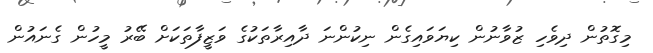
މިގޮތުން ދިވެހި ޒުވާނުން ކިޔަވައިގެން ނިކުންނަ ދާއިރާތަކުގެ ވަޒީފާތަކަށް ބޭރު މީހުން ގެނައުން